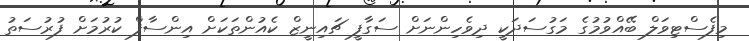
މިފެސްޓިވަލް ބޭއްވުމުގެ މަގުސަދަކީ ދިވެހިންނަށް ސަގާފީ ޗައިނީޒް ކެއުންތަކަށް އިންސާފް ކުރުމަށް ފުރުސަތު